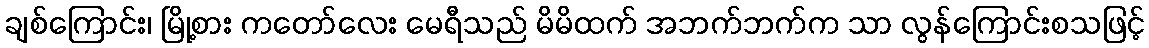
ချစ်ကြောင်း၊ မြို့စား ကတော်လေး မေရီသည် မိမိထက် အဘက်ဘက်က သာ လွန်ကြောင်းစသဖြင့်